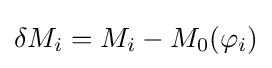
\delta M_{i}=M_{i}-M_{0}(\varphi _{i})